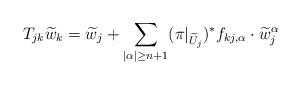
LaTeX: \begin{align*}T_{jk} \widetilde{w}_k = \widetilde{w}_j+\sum_{|\alpha|\geq n+1}(\pi|_{\widetilde{U}_j})^*f_{kj, \alpha}\cdot \widetilde{w}_j^\alpha \end{align*}